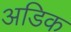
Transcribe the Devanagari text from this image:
अडिक